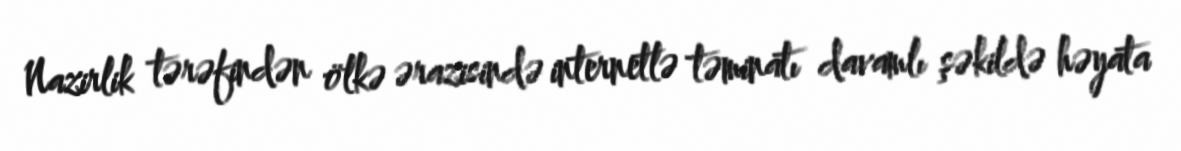
Nazirlik tərəfindən ölkə ərazisində internetlə təminatı davamlı şəkildə həyata